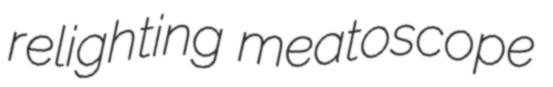
relighting meatoscope